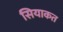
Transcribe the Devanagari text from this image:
सियाकत